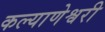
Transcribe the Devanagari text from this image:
कल्याणेश्वरी